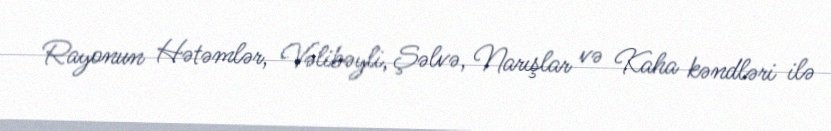
Rayonun Hətəmlər, Vəlibəyli, Şəlvə, Narışlar və Kaha kəndləri ilə